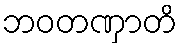
ဘဝတဏှာတိ